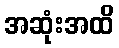
အဆုံးအထိ